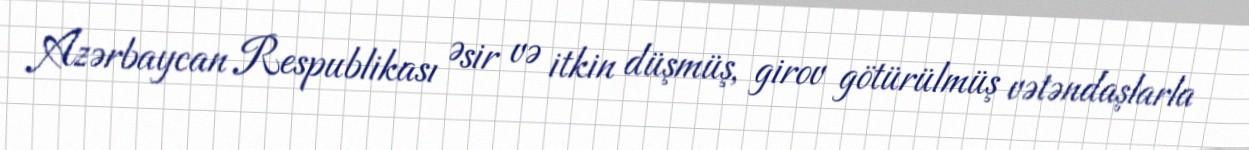
Azərbaycan Respublikası Əsir və itkin düşmüş, girov götürülmüş vətəndaşlarla